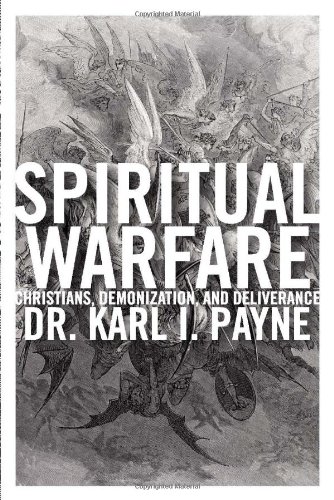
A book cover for Spiritual Warfare: Christians, Demonization and Deliverance; Karl Payne; Christian Books & Bibles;